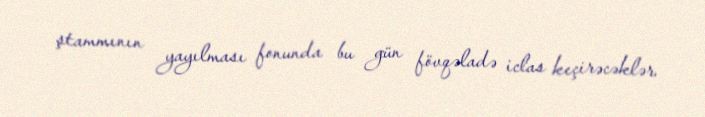
ştammının yayılması fonunda bu gün fövqəladə iclas keçirəcəklər.